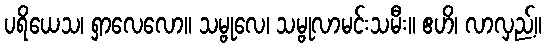
ပရိယေသ၊ ရှာလေလော။ သမ္ဗုလေ၊ သမ္ဗုလာမင်းသမီး။ ဧဟိ၊ လာလှည့်။